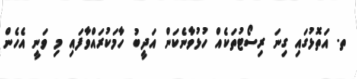
ތ. އަތޮޅުގައި ގިނަ ރިސޯޓުތަކެއް ހުޅުވާނެކަން އަދީބު ހާމަކުރައްވާފައި މި ވަނީ އެހެން